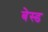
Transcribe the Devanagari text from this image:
बेस्‍ड